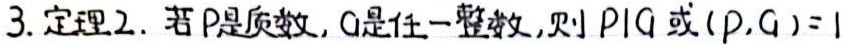
3. 定理2. 若$p$是质数，$a$是任一整数，则$p|a$或$(p,a)=1$